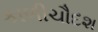
કાળીચૌદશ